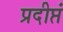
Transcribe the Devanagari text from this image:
प्रदीप्तं